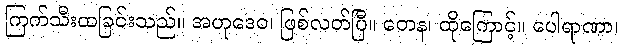
ကြက်သီးထခြင်းသည်။ အဟုဒေဝ၊ ဖြစ်လတ်ပြီ။ တေန၊ ထိုကြောင့်။ ပေါရာဏာ၊